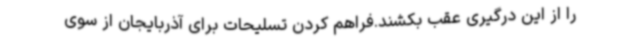
را از این درگیری عقب بکشند.فراهم کردن تسلیحات برای آذربایجان از سوی